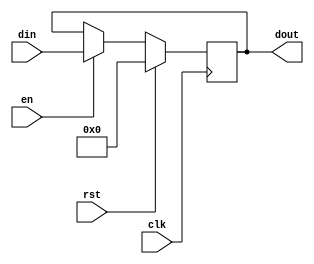
module register (input [32-1:0] din, 
                                   input clk, en, rst,
                                   output reg [32-1:0] dout
    );

  
  
// siempre que no este activado el reset cuando hacia arriba
  //debo cambiar la jerarquia del enable
  always @(posedge clk)
begin
  if(rst)
  dout <= 0;
  
  else if (en)
  dout <= din;
  
  else
  dout <= dout;
  
end 


endmodule